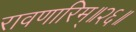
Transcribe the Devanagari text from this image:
रावणारिम्‌॥२६॥